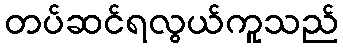
တပ်ဆင်ရလွယ်ကူသည်